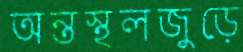
অন্তস্থলজুড়ে